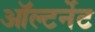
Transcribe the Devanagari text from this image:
ऑल्टर्नेट